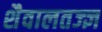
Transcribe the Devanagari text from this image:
शैवालतज्ज्ञ